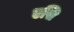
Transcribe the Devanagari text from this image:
एसि